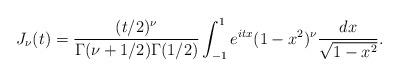
LaTeX: \begin{align*}J_\nu(t) = \frac{(t/2)^\nu}{\Gamma(\nu+1/2)\Gamma(1/2)}\int_{-1}^1e^{itx}(1-x^2)^{\nu}\frac{dx}{\sqrt{1-x^2}}.\end{align*}